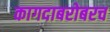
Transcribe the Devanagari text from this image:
कागदाबरोबरच